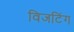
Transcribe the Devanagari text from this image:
विजटिंग